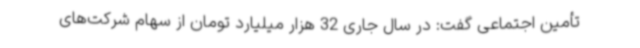
تأمین اجتماعی گفت: در سال جاری 32 هزار میلیارد تومان از سهام شرکت‌های